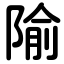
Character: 隃